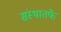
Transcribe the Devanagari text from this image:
संस्थातर्फे